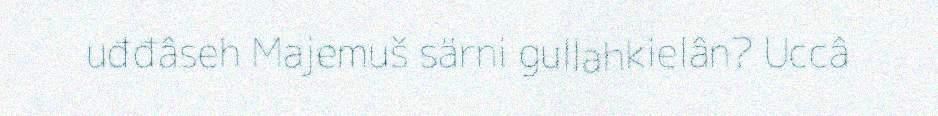
uđđâseh Majemuš särni gullahkielân? Uccâ